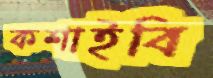
কশাইবি